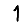
Digit: 1